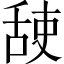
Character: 𦧜